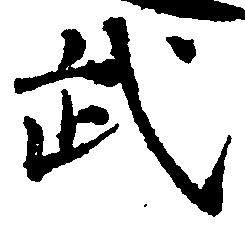
武